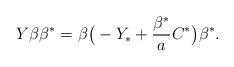
LaTeX: \begin{align*} Y\beta \beta^* = \beta\big(-Y_* + \frac{\beta^*}{a}C^* \big) \beta^*.\end{align*}